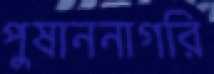
পুষাননাগরি